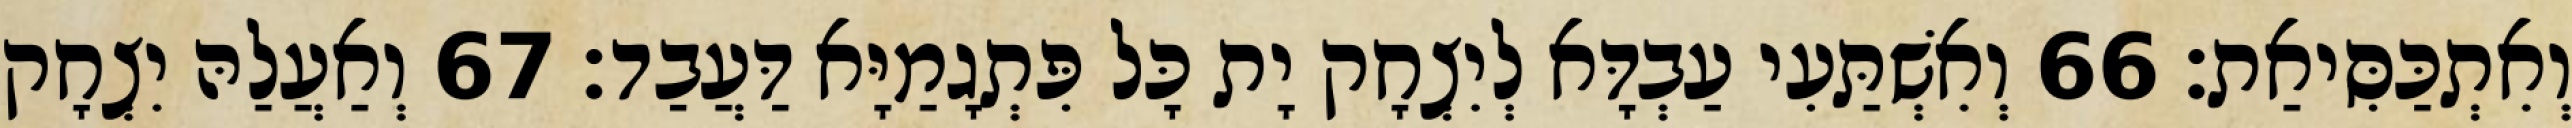
וְאִתְכַּסִּיאַת׃ 66 וְאִשְׁתַּעִי עַבְדָּא לְיִצְחָק יָת כָּל פִּתְגָמַיָּא דַּעֲבַד׃ 67 וְאַעֲלַהּ יִצְחָק